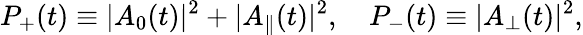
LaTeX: P_{+}(t)\equiv|A_{0}(t)|^{2}+|A_{\| }(t)|^{2},\quad P_{-}(t)\equiv|A_{\perp}(t)|^{2},